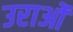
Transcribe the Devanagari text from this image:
उराओं